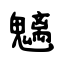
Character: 魑